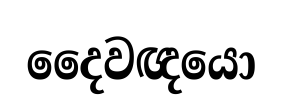
දෛවඥයො